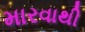
મારવાથી